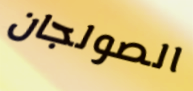
الصولجان